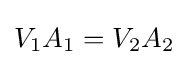
V_{1}A_{1}=V_{2}A_{2}